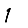
Digit: 1